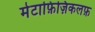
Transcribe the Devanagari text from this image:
मेटाफ़िज़िकलफ़